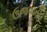
ઉજવાતી